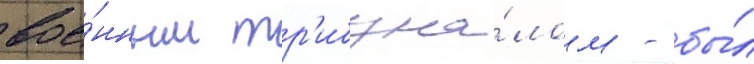
вое́нным тр'ибуна́лом - бы́л